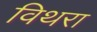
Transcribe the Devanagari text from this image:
विथरा